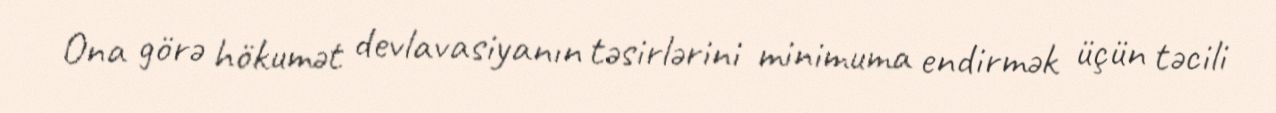
Ona görə hökumət devlavasiyanın təsirlərini minimuma endirmək üçün təcili